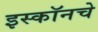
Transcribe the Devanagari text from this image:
इस्कॉनचे